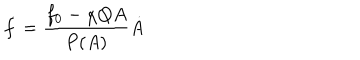
LaTeX: \dot { f } = \frac { f _ { 0 } - \chi Q A } { P ( A ) } \dot { A }